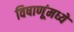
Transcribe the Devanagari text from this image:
विषाणूंमध्ये